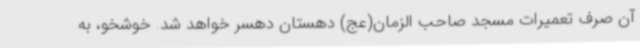
آن صرف تعمیرات مسجد صاحب الزمان(عج) دهستان دهسر خواهد شد. خوشخو، به